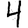
Digit: 4